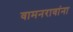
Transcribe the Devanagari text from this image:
वामनरावांना